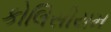
કોલિસીયમ